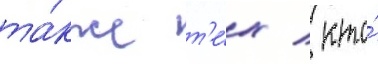
та́кже т'е́х / кто́